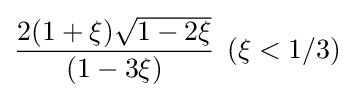
{\frac {2(1+\xi ){\sqrt {1-2\xi }}}{(1-3\xi )}}\,\;(\xi <1/3)